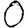
Digit: 0